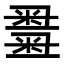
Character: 𥻫